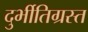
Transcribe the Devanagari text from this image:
दुर्भीतिग्रस्त